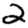
Digit: 2